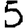
Digit: 5